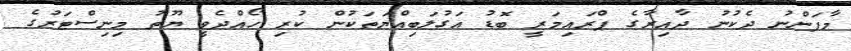
މާފަންނު ދެކުނު ދާއިރާގެ ޕްރައިމަރީ ބޮޑު އަގުލަބިއްޔަތަކުން ކުރި ހޯއްދެވީ ޔޫތު މިނިސްޓަރުގެ